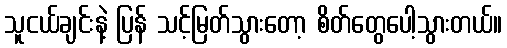
သူငယ်ချင်းနဲ့ ပြန် သင့်မြတ်သွားတော့ စိတ်တွေပေါ့သွားတယ်။